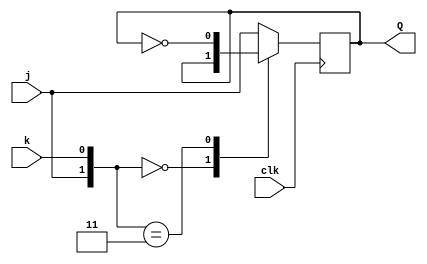
module top_module (
    input clk,
    input j,
    input k,
    output Q); 

    
    always @(posedge clk) begin
        case ({j, k}) 
            2'b00:
                Q <= Q;
            2'b11:
                Q <= ~Q;
            default: 
                Q <= j;
        endcase
    end

endmodule